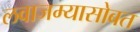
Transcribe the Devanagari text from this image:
लवाजम्यासोबत